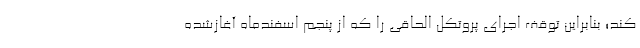
کند؛ بنابراین توقف اجرای پروتکل الحاقی را که از پنجم اسفندماه آغازشده